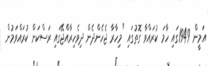
އަމީން 1949ގައި ހާމަ ކުރައްވާ ގޮތުގައި "މިހާރާ ޖެހެންދެން ދިވެހިރާއްޖޭގައި ރަސްކަން ކުރައްވަމުން